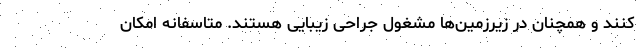
کنند و همچنان در زیرزمین‌ها مشغول جراحی زیبایی هستند. متاسفانه امکان